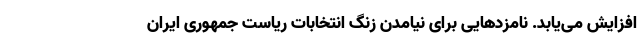
افزایش می‌یابد. نامزدهایی برای نیامدن زنگ انتخابات ریاست جمهوری ایران